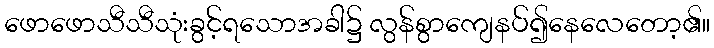
ဖောဖောသီသီသုံးခွင့်ရသောအခါ၌ လွန်စွာကျေနပ်၍နေလေတော့၏။